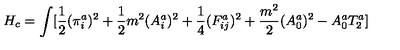
H _ { c } = \int [ \frac { 1 } { 2 } ( \pi _ { i } ^ { a } ) ^ { 2 } + \frac { 1 } { 2 } m ^ { 2 } ( A _ { i } ^ { a } ) ^ { 2 } + \frac { 1 } { 4 } ( F _ { i j } ^ { a } ) ^ { 2 } + \frac { m ^ { 2 } } { 2 } ( A _ { 0 } ^ { a } ) ^ { 2 } - A _ { 0 } ^ { a } T _ { 2 } ^ { a } ]